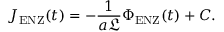
J _ { \mathrm { E N Z } } ( t ) = - \frac { 1 } { a \mathfrak { L } } \Phi _ { \mathrm { E N Z } } ( t ) + C .